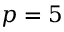
p = 5